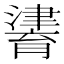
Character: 𤀷